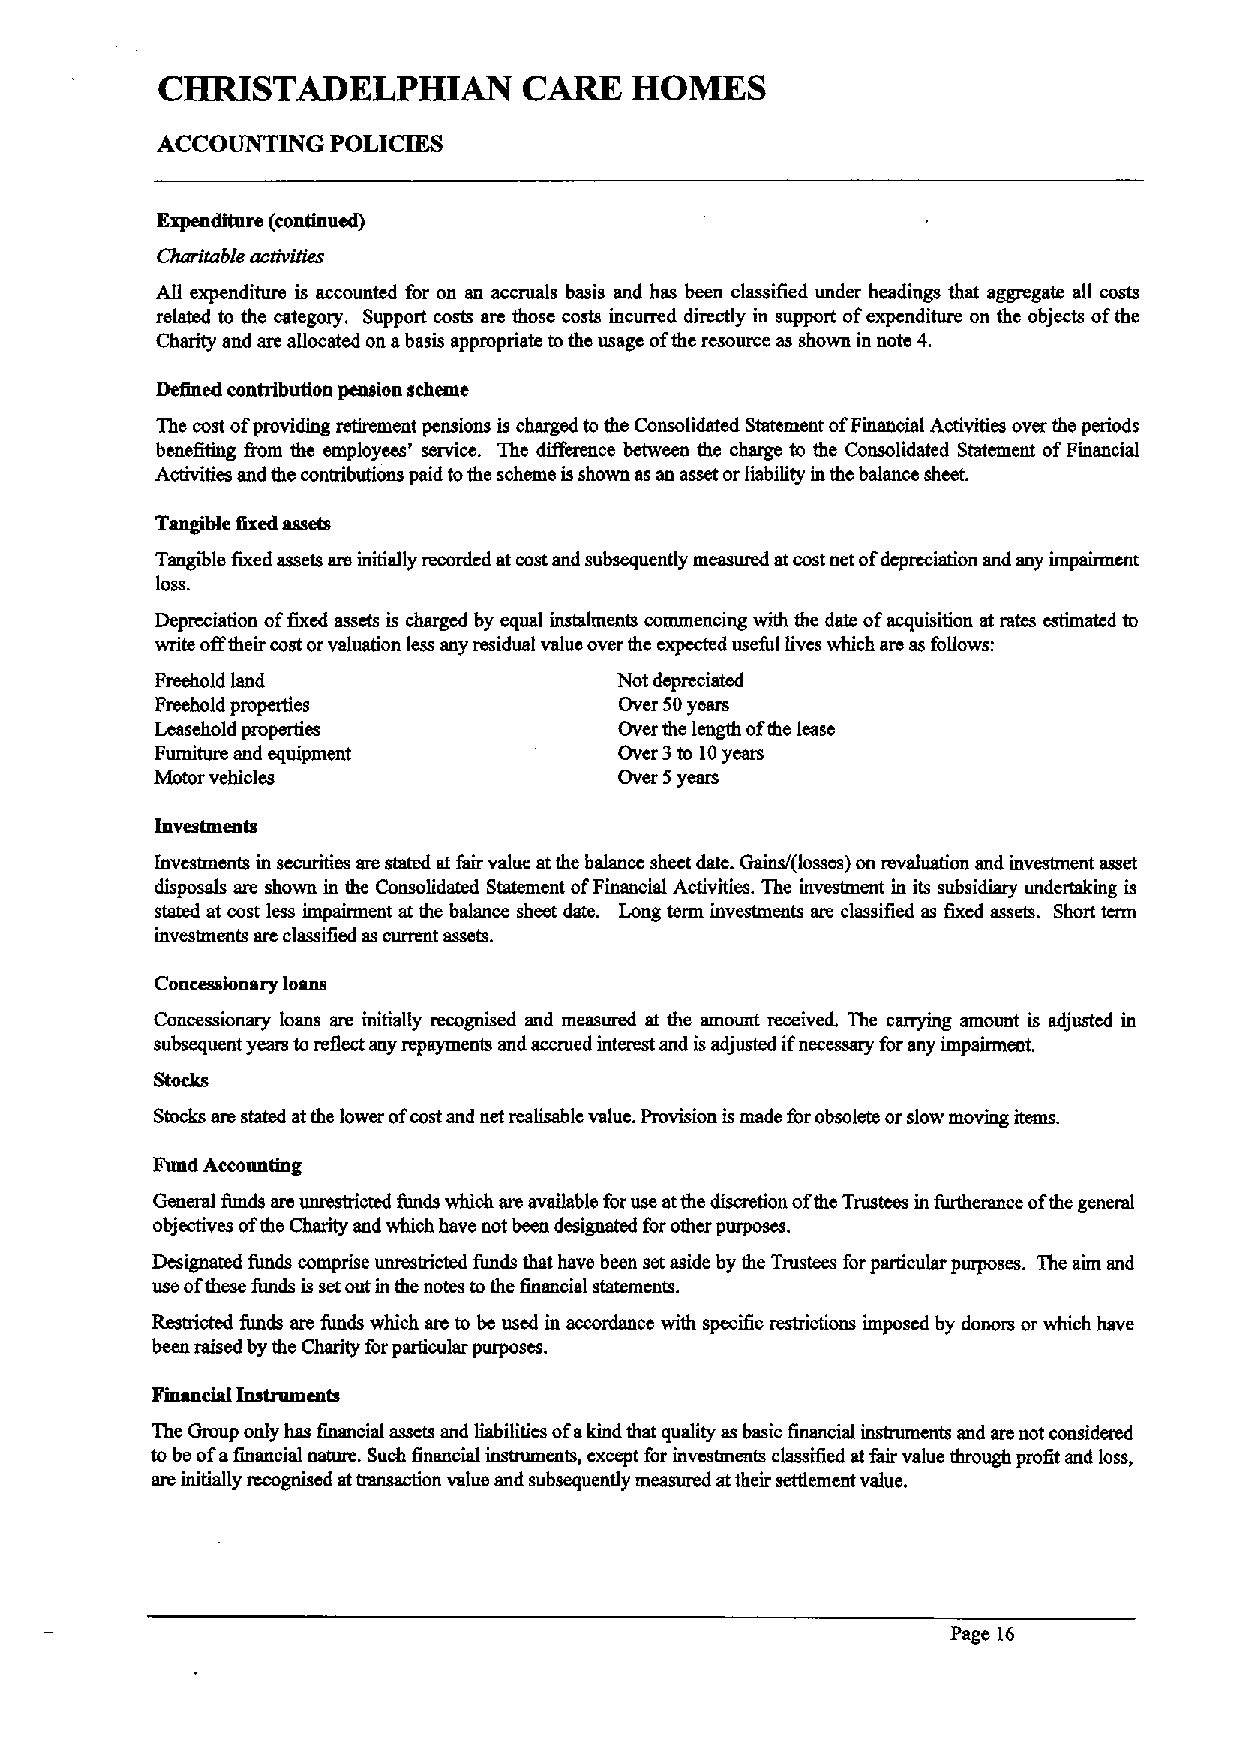
CHRISTADELPHIAN          CARE   HOMES
 ACCOUNTING  POLICIES
 Expenditure (continued)
 Charitable activities
 All expenditure is accounted for on an accruals basis and has been classified under headings that aggregate all costs
 related to the category. Support costs are those costs incurred directly in support ofexpenditure on thc objects ofthe
 Charity and are allocated on abasis appmpriate tothe usage ofthc resource as shown in note 4.
 Defined contribution pension scheme
 The cost ofproviding retirement pensions is charged to the Consolidtued Statement ofFinancial Activities over the periods
 benefiting fiom the employees' service. Thc difference between the charge to the Consolidated Statement ofFinancial
 Activities and the contributions paid tothe scheme isshown as an asset orliability in thc balance sheet.
 Tangible fixed assets
 Tangible 6xed assets are initially recorded at costand subsequently measured atcostnet ofdepreciation and any impainncnt
 loss.
 Depreciation offixed assets is charged by equal instalments commencing with the date ofacquisition at rates cstimatcd to
 write offtheir costorvaluation less any residual value over thc cxpccted useful lives which are as follows:
 Freehold land                  Not depreciated
 Freehold properties            Over 50years
 Leasehold properties           Over the length ofthe lease
 Furniture and equipment        Over 3to 10years
 Motor vehicles                 Over 5years
 Investments in securities are stated atfair value atthe balance sheet date. Gains/(losses) on revaluation and investment asset
 disposals are shown in the Consolidated Statement ofFinancial Activities. The investment in its subsidiary undertaking is
 stated at cost less impairment at the balance sheet date. Long term investments are classified as fixed assets. Short tenn
 investments are classified ascurrent assets.
 Concessionary loans
 n~
 Concessionary loans are initially recognised and measured at the amount receivaL The canying amount is adjusted in
 subsequent years to reflect any repayments and accrued interest and isadjusted if forany impairment.
 Stocks are stated atthe lower ofcostand net realisable value. Provision ismade forobsolete orslow moving items.
 Fund Accounting
 General fimds are unrestricted funds which are available foruse atthe discretion ofthc Trustees in furtherance ofthe general
 objectives ofthe Charity and which have not been designated forother purposes.
 Designated funds comprise unrestricted funds that have been set aside by the Trustees forparticular purposes. The aim and
 use ofthese funds is setout in the notes tothe financial statements.
 Restricted funds are funds which are to bc used in accordance with speci6c restrictions imposed by donors or which have
 been raised by the Charity forparticular purposes.
 The Gmup only has 6nancial assets and liabilities ofakind that quality as basic financial instruments and are not considered
 to be ofa6nancial nature. Such financial instruments, except for investments classified at fair value through profit and loss,
 are initially recogtused at ransaction value and subsequently measured attheir settlement value.
 Page 16